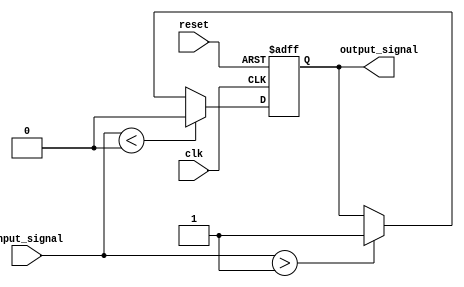
module schmitt_trigger_buffer (
    input wire clk,
    input wire reset,
    input wire input_signal,
    output reg output_signal
);

parameter Vt_minus = 0; // Lower threshold voltage
parameter Vt_plus = 1; // Upper threshold voltage

reg reg_output;

always @ (posedge clk or posedge reset) begin
    if (reset) begin
        reg_output <= 0;
    end else begin
        if (input_signal < Vt_minus) begin
            reg_output <= 0;
        end else if (input_signal > Vt_plus) begin
            reg_output <= 1;
        end
    end
end

assign output_signal = reg_output;

endmodule